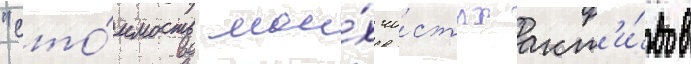
"сто́имость мои́х чи́стых акт'и́вов